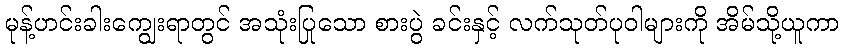
မုန့်ဟင်းခါးကျွေးရာတွင် အသုံးပြုသော စားပွဲ ခင်းနှင့် လက်သုတ်ပုဝါများကို အိမ်သို့ယူကာ